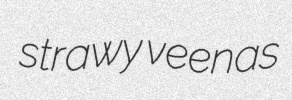
strawy veenas